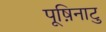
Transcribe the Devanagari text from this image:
पूष़िनाटु